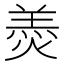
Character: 𦎟